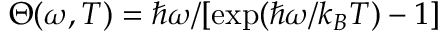
\Theta ( \omega , T ) = \hbar \omega / [ \exp ( \hbar \omega / k _ { B } T ) - 1 ]